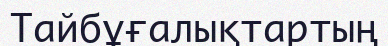
Тайбұғалықтартың